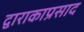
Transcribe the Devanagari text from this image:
द्वाराकाप्रसाद